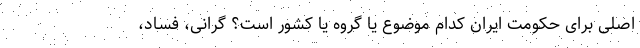
اصلی برای حکومت ایران کدام موضوع یا گروه یا کشور است؟ گرانی، فساد،